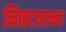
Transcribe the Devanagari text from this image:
निकटमानव